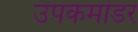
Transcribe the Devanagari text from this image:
उपकमांडर